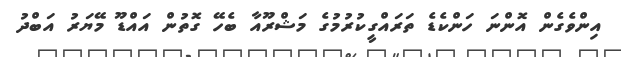
އިންވެގެން އޮންނަ ހަންކެޑެ ތަރައްގީކުރުމުގެ މަޝްރޫއާ ބެހޭ ގޮތުން އައްޑޫ މޭޔަރު އަބްދު